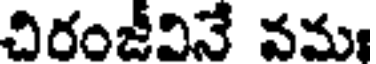
చిరంజీవినే వమ